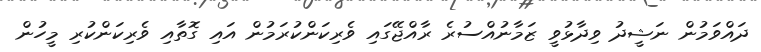
ދައްވަމުން ނަޝީދު ވިދާޅުވީ ޒަމާނުއްސުރެ ރާއްޖޭގައި ވެރިކަންކުރަމުން އައި ގޮތާއި ވެރިކަންކުރި މީހުން